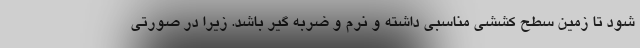
شود تا زمین سطح کششی مناسبی داشته و نرم و ضربه گیر باشد. زیرا در صورتی